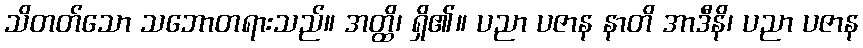
သိတတ်သော သဘောတရားသည်။ အတ္ထိ၊ ရှိ၏။ ပညာ ပဇာန နာတိ အာဒီနိ၊ ပညာ ပဇာန